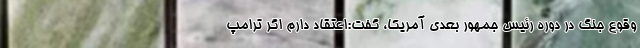
وقوع جنگ در دوره رئیس جمهور بعدی آمریکا، گفت:‌اعتقاد دارم اگر ترامپ